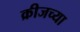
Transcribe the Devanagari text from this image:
क्रीजच्या